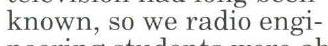
known, so we radio engi-